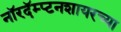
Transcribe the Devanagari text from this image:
नॉरदॅम्प्टनशायरच्या